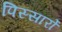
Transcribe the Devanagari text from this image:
पिस्सार्रो